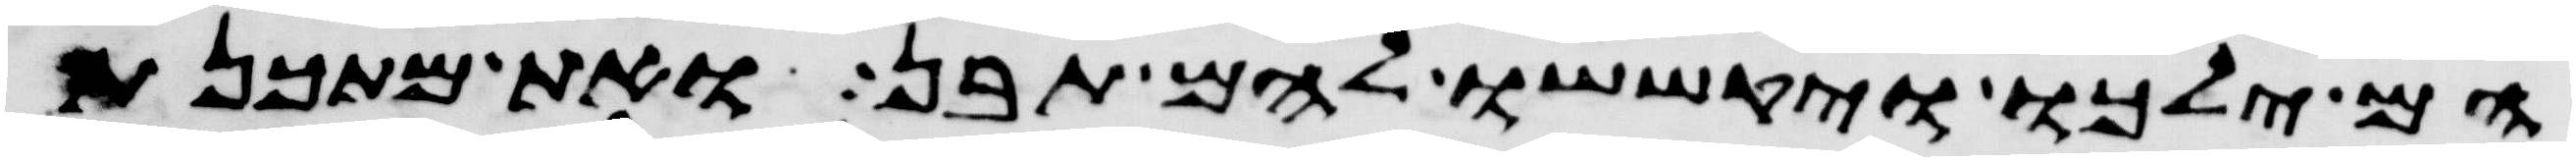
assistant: הם ילכו יקששו להם תבן ואת מתכנת